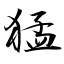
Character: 猛